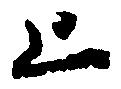
上